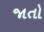
જાતો